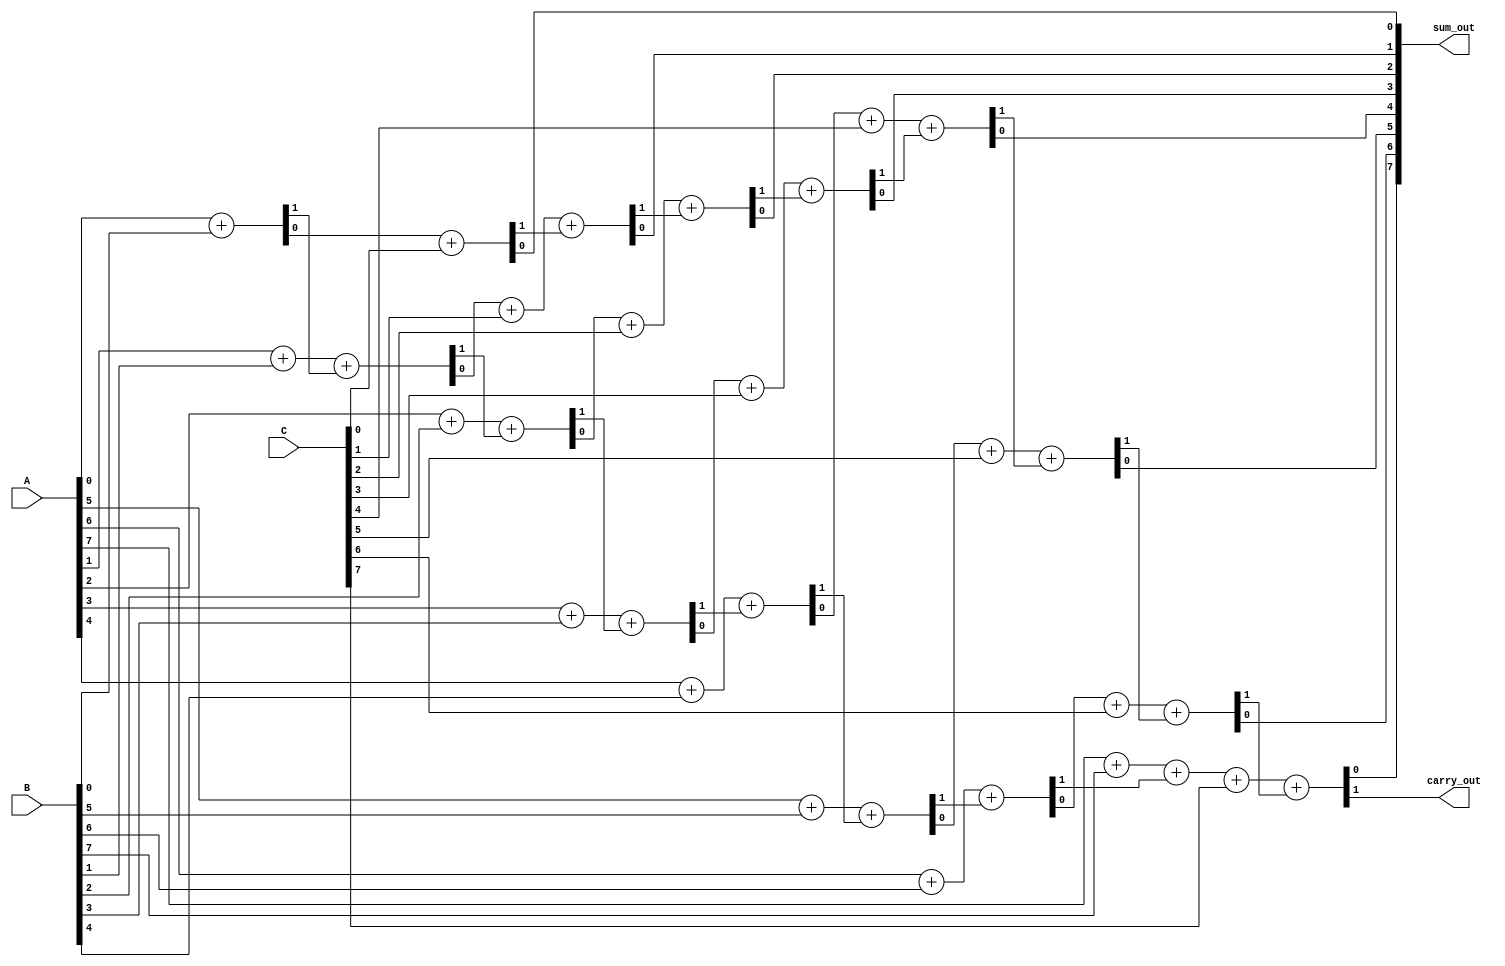
module CarrySaveAdder(
    input [N-1:0] A, // First operand
    input [N-1:0] B, // Second operand
    input [N-1:0] C, // Third operand
    output [N-1:0] sum_out, // Final sum output
    output carry_out // Final carry output
);
    parameter N = 8; // Number of bits

    // Intermediate sums and carries
    wire [N-1:0] sum1, carry1;
    wire [N-1:0] sum2, carry2;

    // Full Adder for A and B
    generate
        genvar i;
        for (i = 0; i < N; i = i + 1) begin: full_adder_ab
            if (i == 0) begin
                assign {carry1[i], sum1[i]} = A[i] + B[i]; // No carry in for the first bit
            end else begin
                assign {carry1[i], sum1[i]} = A[i] + B[i] + carry1[i-1];
            end
        end
    endgenerate

    // Full Adder for intermediate sum1 and C
    generate
        for (i = 0; i < N; i = i + 1) begin: full_adder_c
            if (i == 0) begin
                assign {carry2[i], sum2[i]} = sum1[i] + C[i]; // No carry in for the first bit
            end else begin
                assign {carry2[i], sum2[i]} = sum1[i] + C[i] + carry2[i-1];
            end
        end
    endgenerate

    // Final carry and sum
    assign carry_out = carry2[N-1]; // Final carry out
    assign sum_out = sum2; // Final sum output

endmodule